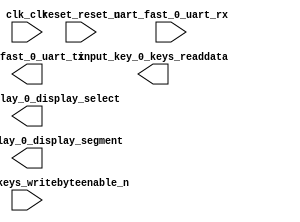

module mySystem (
	clk_clk,
	input_key_0_keys_writebyteenable_n,
	input_key_0_keys_readdata,
	reset_reset_n,
	uart_fast_0_uart_rx,
	uart_fast_0_uart_tx,
	segmentdisplay_0_display_select,
	segmentdisplay_0_display_segment);	

	input		clk_clk;
	input	[3:0]	input_key_0_keys_writebyteenable_n;
	output	[3:0]	input_key_0_keys_readdata;
	input		reset_reset_n;
	input		uart_fast_0_uart_rx;
	output		uart_fast_0_uart_tx;
	output	[3:0]	segmentdisplay_0_display_select;
	output	[7:0]	segmentdisplay_0_display_segment;
endmodule